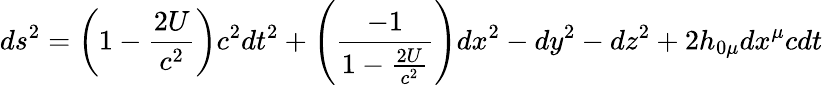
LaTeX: ds^{2}=\left(1-\frac{2U}{c^{2}}\right)c^{2}dt^{2}+\left(\frac{-1}{1-\frac{2U}{c^{2}}}\right)dx^{2}-dy^{2}-dz^{2}+2h_{0\mu}dx^{\mu}cdt